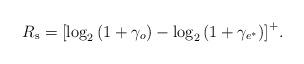
LaTeX: \begin{align*}{R_\mathrm{s}} = {\left[{{{\log }_2}\left( {1 + {\gamma_o}} \right) -{{\log }_2}\left( {1 + {\gamma_{e^{*}}}} \right)} \right]^+}.\end{align*}